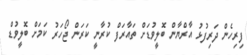
ފިރިހެން ދަރިފުޅު އާރްޔާން ބޮލީވުޑަށް ތައާރަފް ކުރާނީ ކަރަން ޖޯހަރު ކަމަށް ބޮލީވުޑް